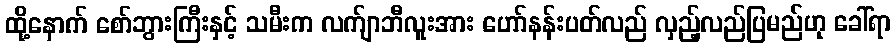
ထို့နောက် စော်ဘွားကြီးနှင့် သမီးက လက်ျာဘီလူးအား ဟော်နန်းပတ်လည် လှည့်လည်ပြမည်ဟု ခေါ်ရာ